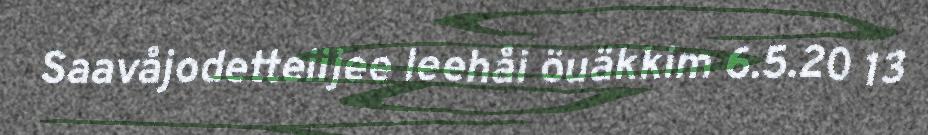
Saavåjodetteiijee leehåi öuäkkim 6.5.20 13